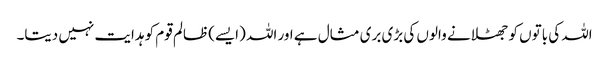
اللہ کی باتوں کو جھٹلانے والوں کی بڑی بری مثال ہے اور اللہ (ایسے) ظالم قوم کو ہدایت نہیں دیتا۔